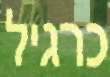
כרגיל